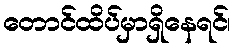
တောင်ထိပ်မှာရှိနေရင်၊